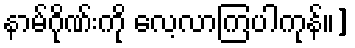
နာမ်ဂိုဏ်းကို လေ့လာကြပါကုန်။]